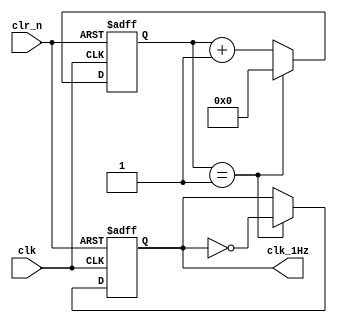
/*
    Wang Nengzhi
    U201713082
    SES1701
*/

module freq_div
(
    input       clk,        // input, 50MHz clock signal
    input       clr_n,      // reset, 0 is effect
    output reg  clk_1Hz     // output, 1Hz clock signal
);
    reg [25:0] clk_cnt;     // 26-bit counter
    always @(posedge clk or negedge clr_n)
    begin
        if (~clr_n)
        // set zero
        begin
            clk_cnt <= 0;
            clk_1Hz <= 0;
        end
        else
        begin
            //if (clk_cnt == 'd24_999_999)
            if (clk_cnt == 'd1)            // test, divide 4
            // 25M posedge, reset counter, output flip
            begin
                clk_cnt <= 'b0;
                clk_1Hz <= ~clk_1Hz;
            end

            else
            // counter ++
                clk_cnt <= clk_cnt + 1;
        end
    end

endmodule